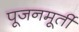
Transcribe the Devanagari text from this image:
पूजनमूर्ती